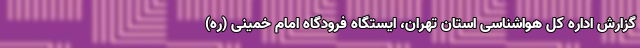
گزارش اداره کل هواشناسی استان تهران، ایستگاه فرودگاه امام خمینی (ره)